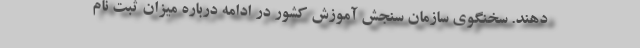
دهند. سخنگوی سازمان سنجش آموزش کشور در ادامه درباره میزان ثبت نام